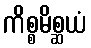
ကိစ္စမိစ္ဆယံ